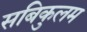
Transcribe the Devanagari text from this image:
सबिकुलम